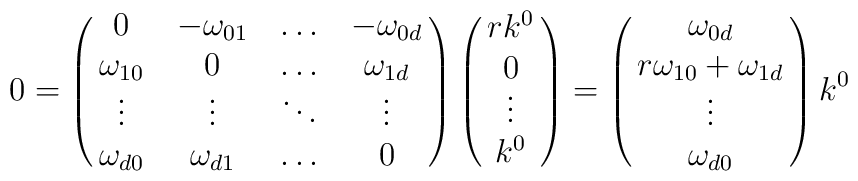
0 = \pmatrix{0 & -\omega_{01} & \ldots & -\omega_{0d}\cr	       \omega_{10} & 0 & \ldots & \omega_{1d}\cr		 \vdots & \vdots & \ddots & \vdots\cr		 \omega_{d0} & \omega_{d1} & \ldots &0}		 \pmatrix{r k^0\cr 0\cr \vdots\cr k^0} = 		 \pmatrix{\omega_{0d}\cr r\omega_{10}+\omega_{1d}\cr\vdots\cr\omega_{d0}} k^0